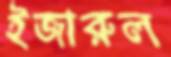
ইজারুল